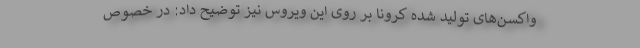
واکسن‌های تولید شده کرونا بر روی این ویروس نیز توضیح داد: در خصوص